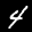
Label: 4